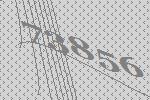
73856